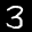
Label: 3